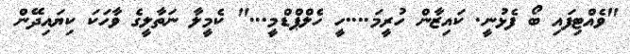
"ވެއްޓިފައި ބޯ ފެޅުނީ. ކައިޒާން ހުރީމަ....ހީ ހެލްޕްޑްމީ..." ކެމީލާ ނަތާލީގެ ވާހަކަ ކިޔައިދޭން